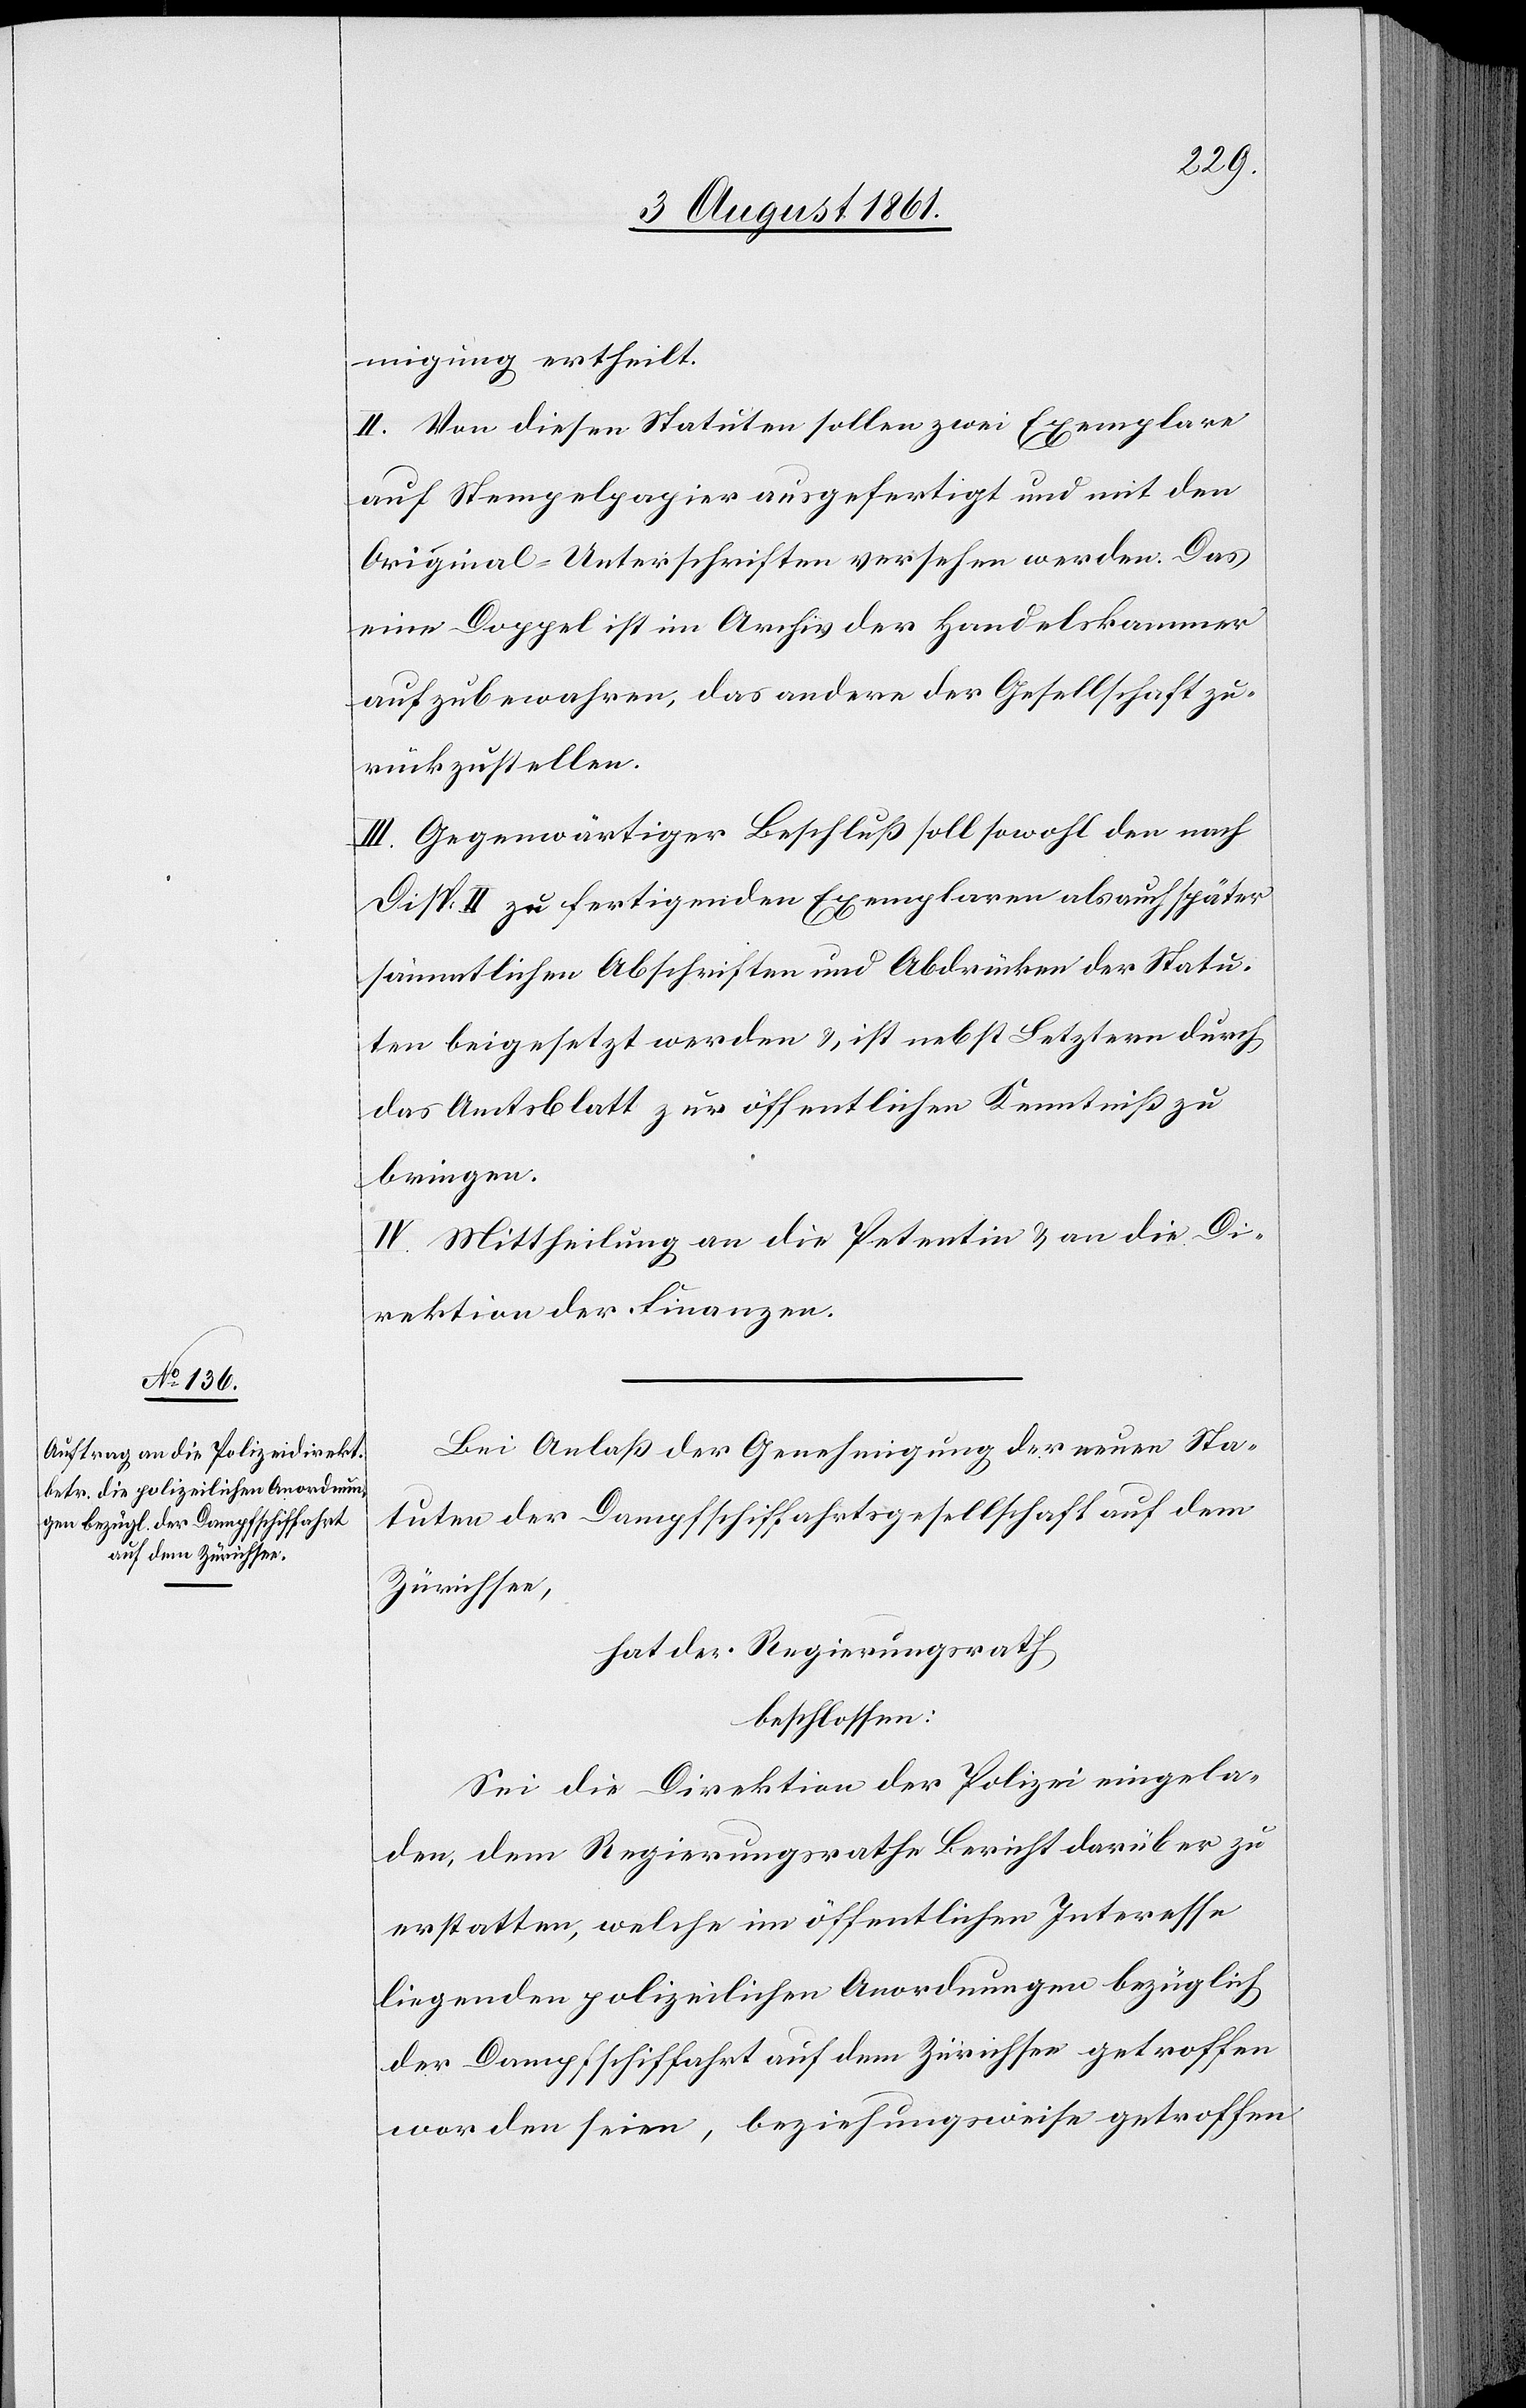
migung ertheilt.
II. Von diesen Statuten sollen zwei Exemplare
auf Stempelpapier ausgefertigt und mit den
Original-Unterschriften versehen werden. Das
eine Doppel ist im Archiv der Handelskammer
aufzubewahren, das andere der Gesellschaft zu¬
rückzustellen.
III. Gegenwärtiger Beschluß soll sowohl den nach
Disp. II zu fertigenden Exemplaren als auch später
sämmtlichen Abschriften und Abdrücken der Statu¬
ten beigesetzt werden, u. ist nebst Letztern durch
das Amtsblatt zur öffentlichen Kenntniß zu
bringen.
IV. Mittheilung an die Petentin u. an die Di¬
rektion der Finanzen.
Bei Anlaß der Genehmigung der neuen Sta¬
tuten der Dampfschiffahrtsgesellschaft auf dem
Zürichsee,
hat der Regierungsrath
beschlossen:
Sei die Direktion der Polizei eingela¬
den, dem Regierungsrathe Bericht darüber zu
erstatten, welche im öffentlichen Interesse
liegenden polizeilichen Anordnungen bezüglich
der Dampfschiffahrt auf dem Zürichsee getroffen
worden seien, beziehungsweise getroffen